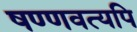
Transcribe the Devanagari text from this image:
षण्णवत्यपि